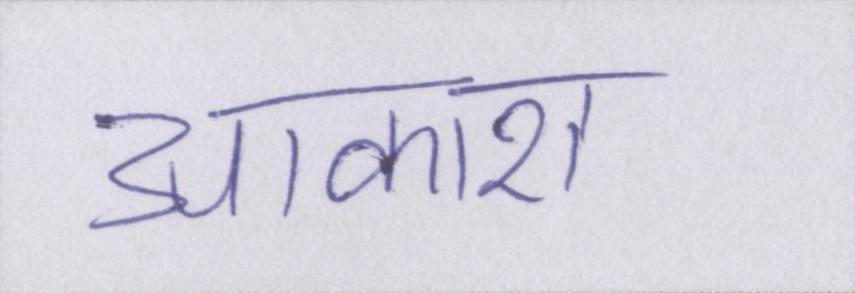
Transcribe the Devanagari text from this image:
आकाश